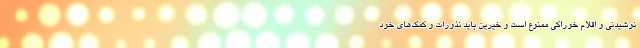
نوشیدنی و اقلام خوراکی ممنوع است و خیرین باید نذورات و کمک‌های خود